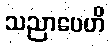
သညာပေဟိ